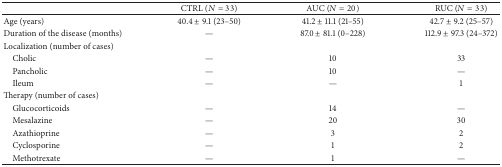
<table><thead><tr><td><b> </b></td><td><b>CTRL (<i>N</i> = 33)</b></td><td><b>AUC (<i>N</i> = 20)</b></td><td><b>RUC (<i>N</i> = 33)</b></td></tr></thead><tbody><tr><td>Age (years)</td><td>40.4 ± 9.1 (23–50)</td><td>41.2 ± 11.1 (21–55)</td><td>42.7 ± 9.2 (25–57)</td></tr><tr><td>Duration of the disease (months)</td><td>—</td><td>87.0 ± 81.1 (0–228)</td><td>112.9 ± 97.3 (24–372)</td></tr><tr><td>Localization (number of cases)</td><td> </td><td> </td><td> </td></tr><tr><td> Cholic</td><td>—</td><td>10</td><td>33</td></tr><tr><td> Pancholic</td><td>—</td><td>10</td><td>—</td></tr><tr><td> Ileum</td><td>—</td><td>—</td><td>1</td></tr><tr><td>Therapy (number of cases)</td><td> </td><td> </td><td> </td></tr><tr><td> Glucocorticoids</td><td>—</td><td>14</td><td>—</td></tr><tr><td> Mesalazine</td><td>—</td><td>20</td><td>30</td></tr><tr><td> Azathioprine</td><td>—</td><td>3</td><td>2</td></tr><tr><td> Cyclosporine</td><td>—</td><td>1</td><td>2</td></tr><tr><td> Methotrexate</td><td>—</td><td>1</td><td>—</td></tr></tbody></table>